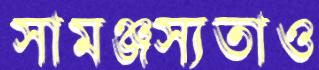
সামঞ্জস্যতাও